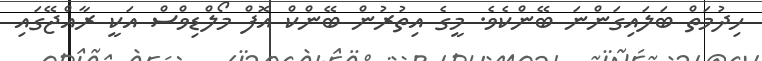
ހިދުމަތް ބަލައިގަންނަ ބޭންކެވެ. މީގެ އިތުރުން ބޭންކް އޮފް މޯލްޑިވްސް އަކީ ރާއްޖޭގައި